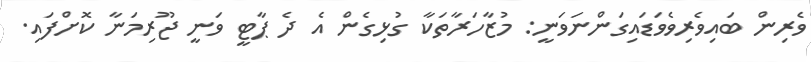
ވެރިން ބައިވެރިވެވަޑައިގަންނަވަނީ: މުޒާހަރާތަކާ ގުޅިގެން އެ ދެ ޕާޓީ ވަނީ ޖޫރިމަނާ ކޮށްފައި.